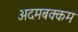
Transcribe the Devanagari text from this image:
अदमबक्कम